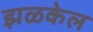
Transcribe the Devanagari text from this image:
झळकेल